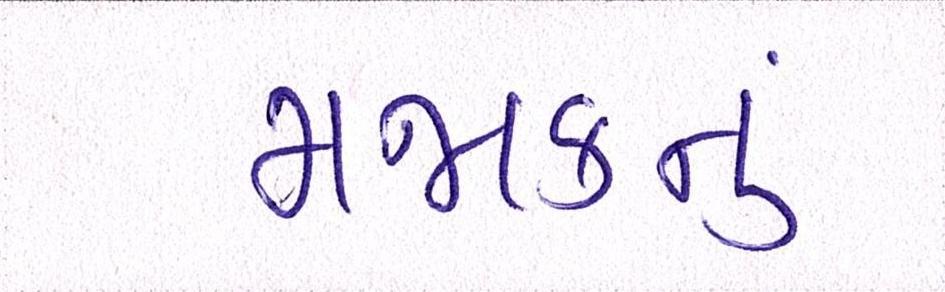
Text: મજાકનું